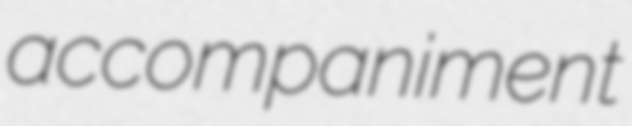
accompaniment